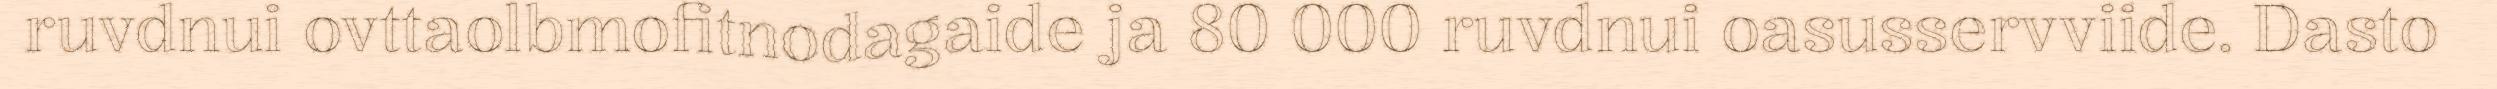
ruvdnui ovttaolbmofitnodagaide ja 80 000 ruvdnui oasusservviide. Dasto